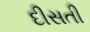
દીસતી